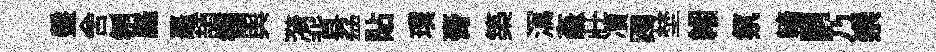
盤舍刎羅鼉頡徧舆漪背荔貼璞膏築㵼姦莊凟躅埜緗氛轖嗣乃崇